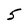
Character: 5